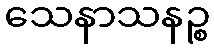
သေနာသနဉ္စ